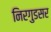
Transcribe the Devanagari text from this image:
निरगुडसर